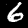
Label: 6